system: You are a helpful assistant.
user:
Analyze the provided spectrum to determine if it is a **S-type Star**.

- **Key Indicators for S-type Star:**

    - **(Overall Spectrum Shape):** The first and most obvious characteristic is the overall continuum (the "baseline" shape). It is **extremely "red-sloping,"** meaning the flux (light intensity) is very low on the left side (blue, ~4000-4500 Å) and rises steeply and continuously toward the right side (red, ~7000 Å+).

    - **(Primary):** The spectrum is defined by the presence of strong, broad molecular absorption "valleys" (bands) from **Zirconium Oxide (ZrO)**. The identification of these bands is the **primary requirement** for classifying a star as S-type.
        - **(Key Bandheads):** You must find distinct, deep "dips" where the light has been absorbed. The most critical band systems to locate are:
            - **~6474 Å** ($\gamma$-system): This is often the strongest and clearest ZrO feature, found in the red part of the spectrum.
            - **~5718 Å** & **~5551 Å** ($\beta$-system): A pair of prominent absorption features in the yellow-orange part of the spectrum.
            - **~4640 Å** ($\alpha$-system): A key absorption band system in the blue-green region of the spectrum.

    - **(Secondary Confirmation):** The classification is strengthened by finding additional absorption bands from other related heavy element oxides, which are expected to be present alongside ZrO.
        - **(Key Bandheads):**
            - **Yttrium Oxide (YO):** Look for absorption dips near **~4800 Å** and **~6100 Å**.
            - **Lanthanum Oxide (LaO):** Additional absorption features, particularly in the red-orange part of the spectrum, are also characteristic.

    - **(Line Profile):** The combination of the steep red continuum and these numerous, deep molecular bands (ZrO, YO, etc.) gives the entire spectrum a very **"chopped-up"** or **"bumpy"** appearance. Instead of a smooth curve, the spectrum looks as though large, wide chunks of light have been "carved out" of it at the specific wavelengths listed above.

Think first, call **spectral_visualization_tool** if needed to examine features in detail, then provide your final answer. Your response must adhere to the following strict rules:
1.  **Overall Structure:** Your response must follow the format `<think>...</think> <tool_call>...</tool_call> (if a tool is used) <answer>...</answer>`.
2.  **Tool Usage Constraint:** You may only make **one** tool call per turn.
3.  **Final Answer Format:** In the `<answer>` tag, your conclusion must be inside a `\boxed{}` command (e.g., `\boxed{YES}` or `\boxed{NO}`), followed by your justification.

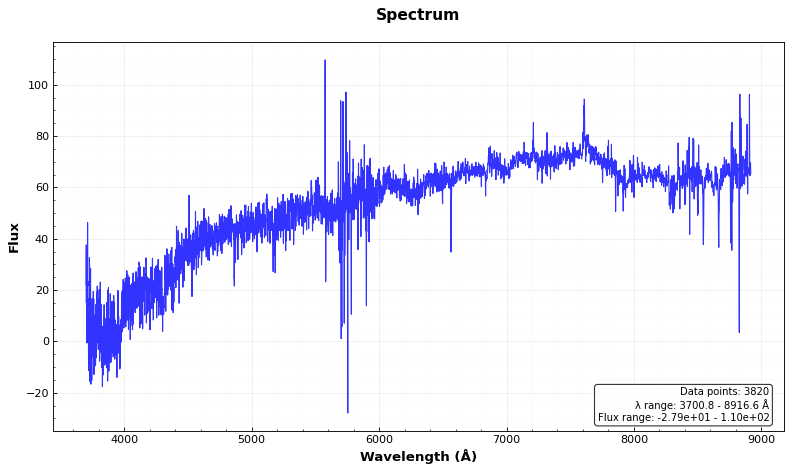
Answer: NO